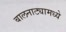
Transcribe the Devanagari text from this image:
बालनाट्यामध्ये